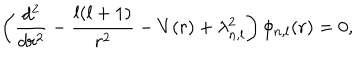
LaTeX: \left( \frac { d ^ { 2 } } { d r ^ { 2 } } - \frac { l ( l + 1 ) } { r ^ { 2 } } - V ( r ) + \lambda _ { n , l } ^ { 2 } \right) \phi _ { n , l } ( r ) = 0 ,